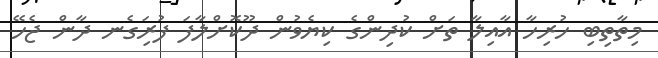
މިތާތިބި ހުރިހާ އާއިލާ ތަށް ކުދިންގެ ކިޔެވުން ދޫކޮށްލާފަ ފުރަިގެނ ދާން ޖެހޭ